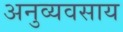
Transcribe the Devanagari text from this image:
अनुव्यवसाय